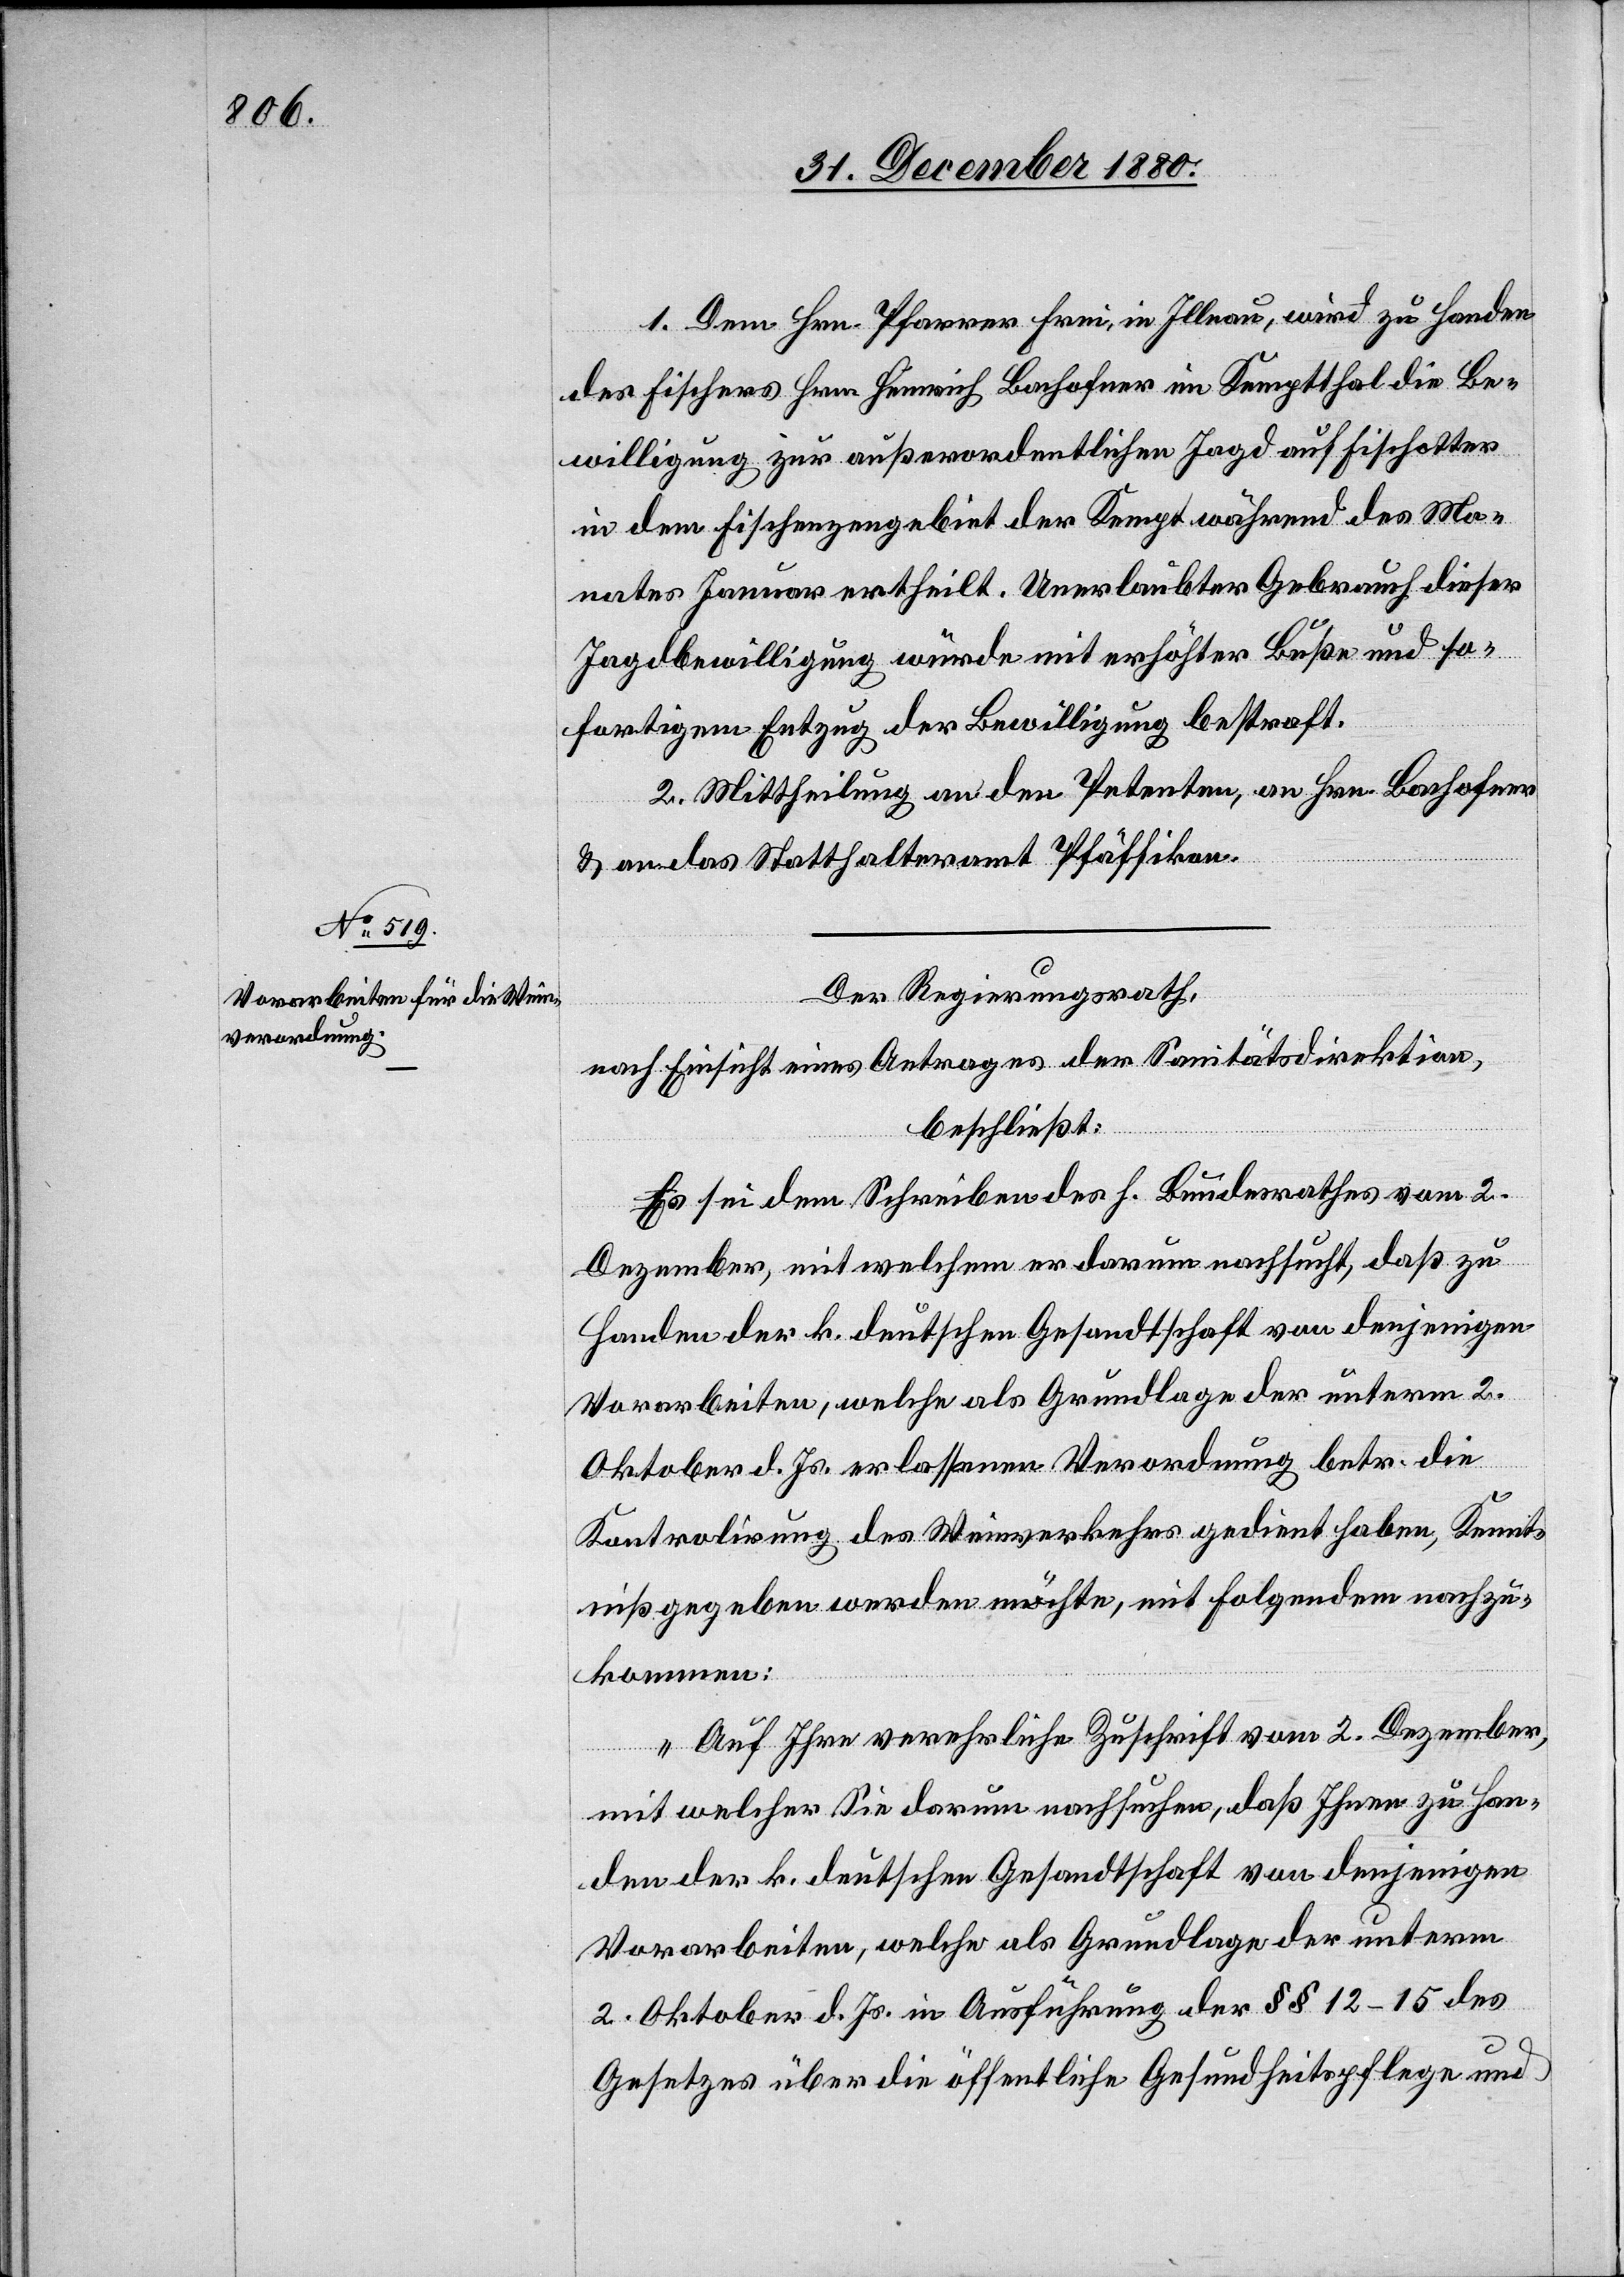
1. Dem Hrn. Pfarrer Frei, in Illnau, wird zu Handen
des Fischers Hrn. Heinrich Bachofner im Kempthal die Be¬
willigung zur außerordentlichen Jagd auf Fischottter
in dem Fischenzengebiet der Kempt während des Mo¬
nates Januar ertheilt. Unerlaubter Gebrauch dieser
Jagdbewilligung würde mit erhöhter Buße und so¬
fortigem Entzug der Bewilligung bestraft.
2. Mittheilung an den Petenten, an Hrn. Bachofner
& an das Statthalteramt Pfäffikon.
Der Regierungsrath,
nach Einsicht eines Antrages der Sanitätsdirektion,
beschließt:
Es sei dem Schreiben des h. Bundesrathes vom 2.
Dezember, mit welchem er darum nachsucht, daß zu
Handen der k. deutschen Gesandtschaft von denjenigen
Vorarbeiten, welche als Grundlage der unterm 2.
Oktober d. Js. erlassenen Verordnung betr. die
Kontrolirung des Weinverkehres gedient haben, Kennt¬
niß gegeben werden möchte, mit Folgendem nachzu¬
kommen:
„Auf Ihre verehrliche Zuschrift vom 2. Dezember,
mit welcher Sie darum nachsuchen, daß Ihnen zu Han¬
den der k. deutschen Gesandtschaft von denjenigen
Vorarbeiten, welche als Grundlage der unterm
2. Oktober d. Js. in Ausführung der §§ 12–15 des
Gesetzes über die öffentliche Gesundheitspflege und